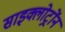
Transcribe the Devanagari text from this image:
साइक्लोट्रोंन